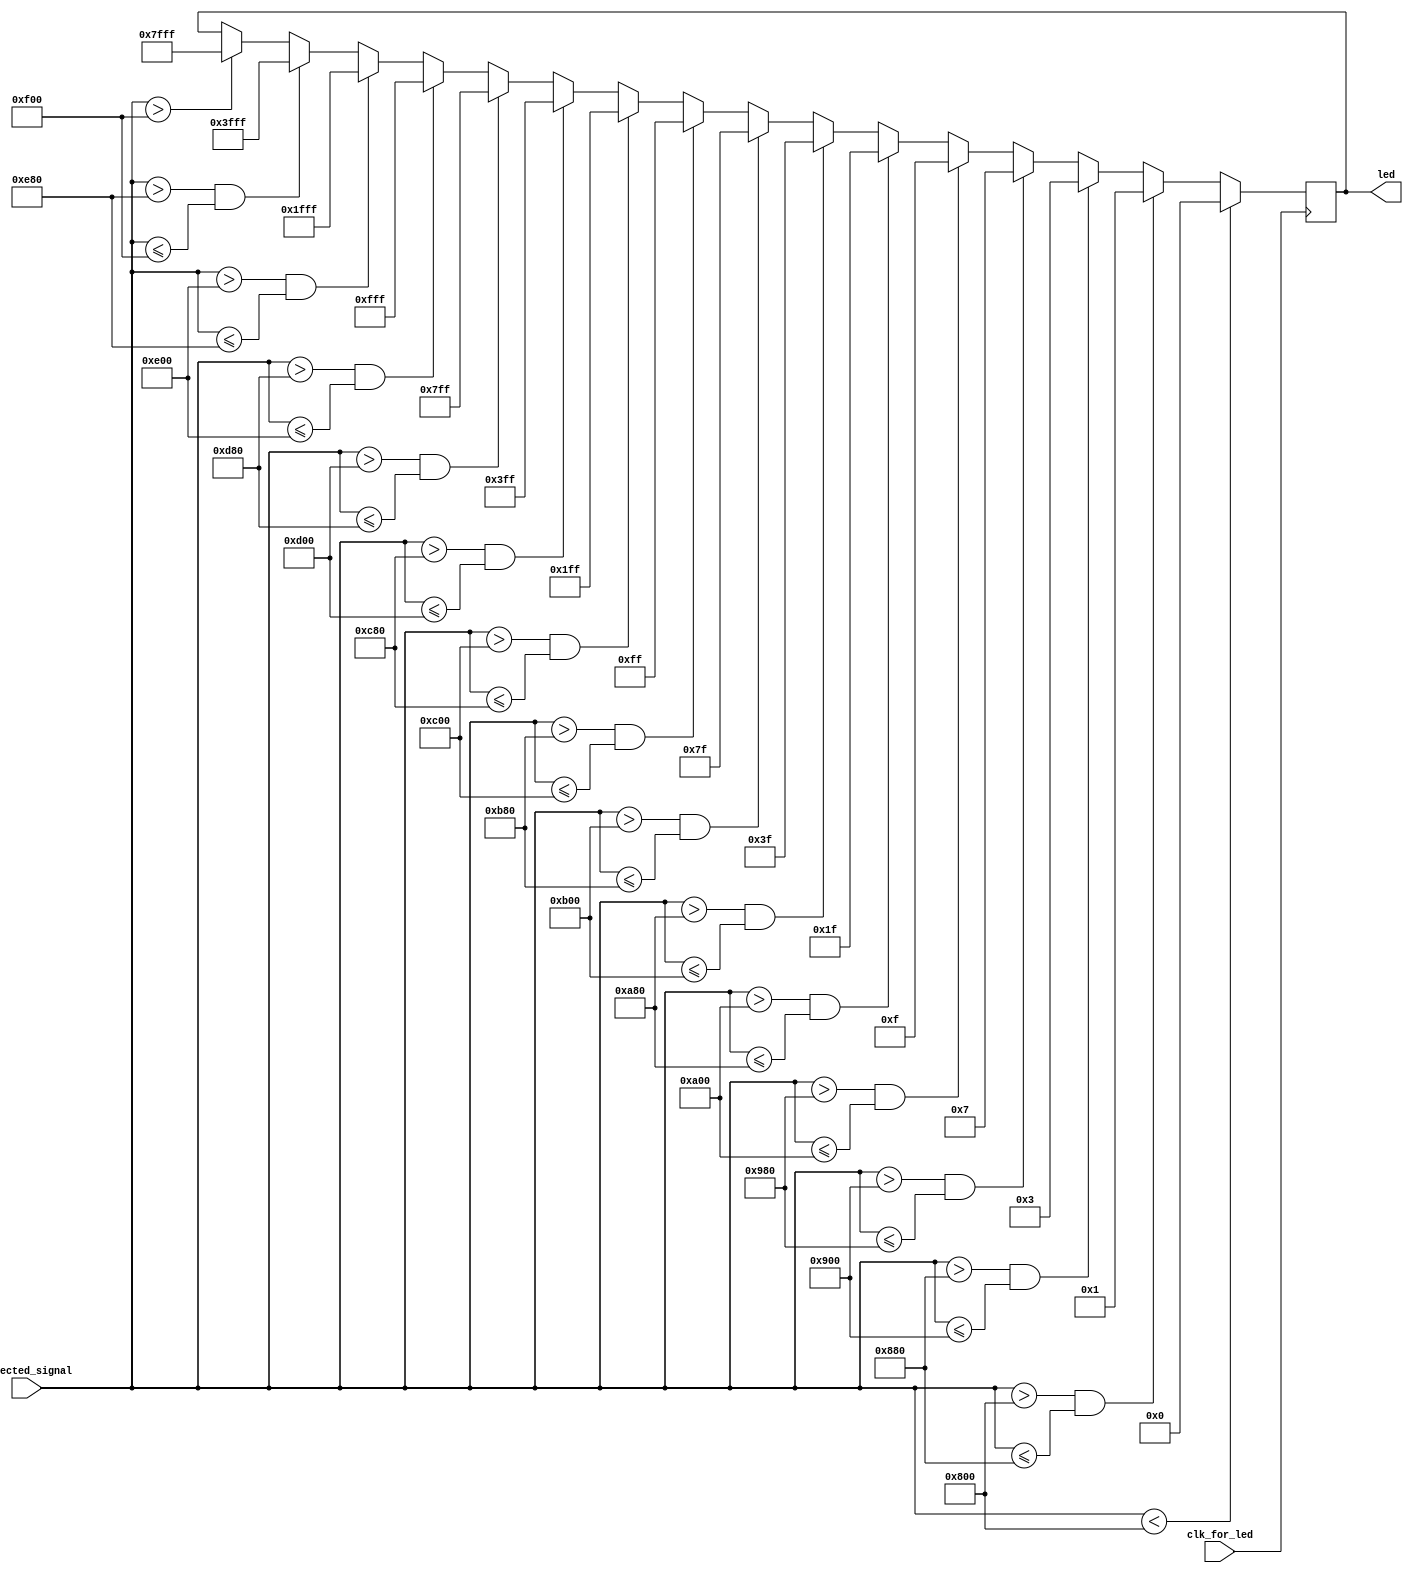
`timescale 1ns / 1ps
//////////////////////////////////////////////////////////////////////////////////
// Company: 
// Engineer: 
// 
// Design Name: 
// Module Name: led_display_new
// Project Name: 
// Target Devices: 
// Tool Versions: 
// Description: 
// 
// Dependencies: 
// 
// Revision:
// Revision 0.01 - File Created
// Additional Comments:
// 
//////////////////////////////////////////////////////////////////////////////////


module led_display_new(
input clk_for_led,
input [11:0] selected_signal,
output reg [15:0] led = 0
    );
    always@(posedge clk_for_led) begin
    
          if(selected_signal<2048) begin //0
          led = 16'b0;
          end
          
          else if (selected_signal>2048 && selected_signal<=2176) begin //1
          led = 16'b1;
          end
          
          else if(selected_signal>2176 && selected_signal<=2304) begin //2
          led = 16'd3;
          end
          
          else if (selected_signal>2304 && selected_signal<=2432) begin //3
           led = 16'd7;
           end 
           
          else if (selected_signal>2432 && selected_signal<=2560) begin //4
                     led = 16'd15;
                     end 
           
           else if (selected_signal>2560 && selected_signal<=2688) begin //5
                      led = 16'd31;
                      end 
                      
            else if (selected_signal>2688 && selected_signal<=2816) begin //6
                                led = 16'd63;
                                end 
           
            else if (selected_signal>2816 && selected_signal<=2944) begin //7
                          led = 16'd127;
                           end 
                           
          else if (selected_signal>2944 && selected_signal<=3072) begin //8
                                     led = 16'd255;
                                     end 
                                     
           else if (selected_signal>3072 && selected_signal<=3200) begin //9
                                               led = 16'd511;
                                               end 
          else if (selected_signal>3200 && selected_signal<=3328) begin //10
                                                         led = 16'd1023;
                                                         end       
         else if (selected_signal>3328 && selected_signal<=3456) begin //11
                           led = 16'd2047;
                          end   
         else if (selected_signal>3456 && selected_signal<=3584) begin //12
                                    led = 16'd4095;
                                    end 
        else if (selected_signal>3584 && selected_signal<=3712) begin //13
                                      led = 16'd8191;
                                       end       
         else if (selected_signal>3712 && selected_signal<=3840) begin //14
                                                 led = 16'd16383;
                                                 end
           else if (selected_signal>3840 ) begin //15
                         led = 16'd32767;
                         end
                                                                                                                                                                                                    
            end
endmodule